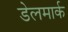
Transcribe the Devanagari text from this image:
डेलमार्क